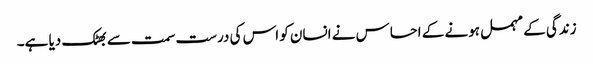
زندگی کے مہمل ہونے کے احساس نے انسان کو اس کی درست سمت سے بھٹک دیا ہے۔